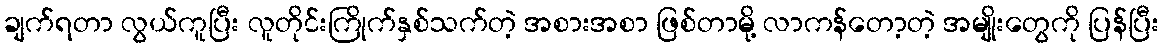
ချက်ရတာ လွယ်ကူပြီး လူတိုင်းကြိုက်နှစ်သက်တဲ့ အစားအစာ ဖြစ်တာမို့ လာကန်တော့တဲ့ အမျိုးတွေကို ပြန်ပြီး